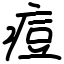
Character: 痘